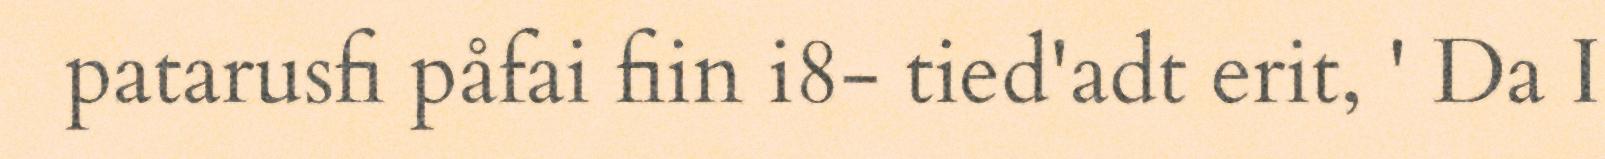
patarusfi påfai fiin i8- tied'adt erit, ' Da I